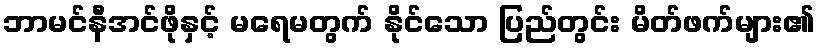
ဘာမင်နီအင်ဖိုနှင့် မရေမတွက် နိုင်သော ပြည်တွင်း မိတ်ဖက်များ၏